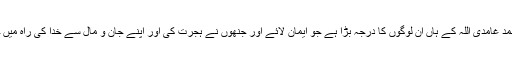
جاوید احمد غامدی اللہ کے ہاں اُن لوگوں کا درجہ بڑا ہے جو ایمان لائے اور جنھوں نے ہجرت کی اور اپنے جان و مال سے خدا کی راہ میں جہاد کیا۔